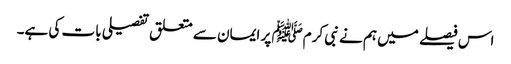
اس فیصلے میں ہم نے نبی کرمﷺ پر ایمان سے متعلق تفصیلی بات کی ہے۔